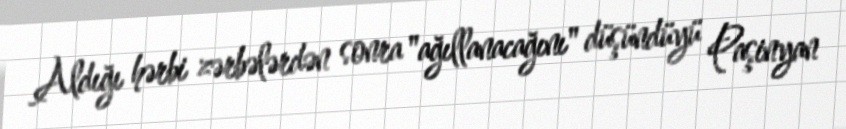
Aldığı hərbi zərbələrdən sonra "ağıllanacağını" düşündüyü Paşinyan